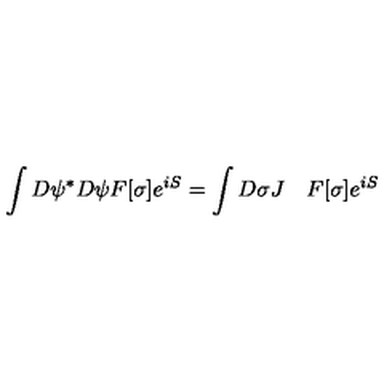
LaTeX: \int D \psi ^ { * } D \psi F [ \sigma ] e ^ { i S } = \int D \sigma J \quad F [ \sigma ] e ^ { i S }